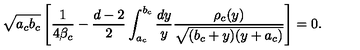
\sqrt { a _ { c } b _ { c } } \left[ { \frac { 1 } { 4 \beta _ { c } } } - { \frac { d - 2 } { 2 } } \int _ { a _ { c } } ^ { b _ { c } } { \frac { d y } { y } } { \frac { \rho _ { c } ( y ) } { \sqrt { ( b _ { c } + y ) ( y + a _ { c } ) } } } \right] = 0 .